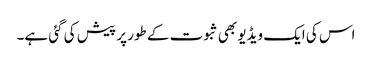
اس کی ایک ویڈیو بھی ثبوت کے طور پر پیش کی گئی ہے۔